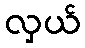
လှယ်